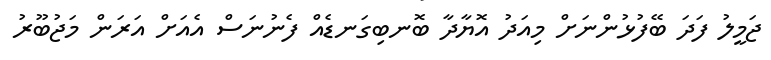
ޖަމީލު ފަދަ ބޭފުޅުންނަށް މިއަދު އޮޔާދާ ބޮނބިގަނޑެއް ފެނުނަސް އެއަށް އަރަން މަޖުބޫރު